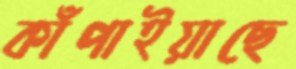
কাঁপাইয়াছে